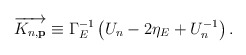
\begin{align*}\overrightarrow{K_{n,\mathbf{p}}}\equiv \Gamma _E^{-1}\left( U_n-2\eta_E+U_n^{-1}\right) .\end{align*}